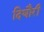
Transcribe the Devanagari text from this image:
दिघौरी